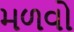
મળવો